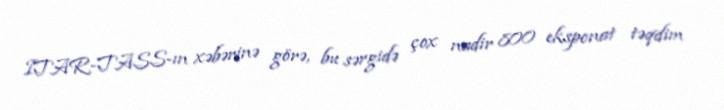
ITAR-TASS-ın xəbərinə görə, bu sərgidə çox nadir 800 eksponat təqdim